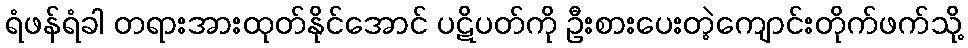
ရံဖန်ရံခါ တရားအားထုတ်နိုင်အောင် ပဋိပတ်ကို ဦးစားပေးတဲ့ကျောင်းတိုက်ဖက်သို့